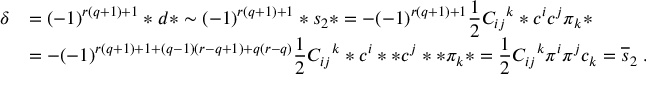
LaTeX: \begin{array} { r l } { { \delta } } & { { \displaystyle = ( - 1 ) ^ { r ( q + 1 ) + 1 } * d * \sim ( - 1 ) ^ { r ( q + 1 ) + 1 } * s _ { 2 } * = - ( - 1 ) ^ { r ( q + 1 ) + 1 } { \frac { 1 } { 2 } } { C _ { i j } } ^ { k } * c ^ { i } c ^ { j } \pi _ { k } * } } \\ { { } } & { { \displaystyle = - ( - 1 ) ^ { r ( q + 1 ) + 1 + ( q - 1 ) ( r - q + 1 ) + q ( r - q ) } { \frac { 1 } { 2 } } { C _ { i j } } ^ { k } * c ^ { i } * * c ^ { j } * * \pi _ { k } * = { \frac { 1 } { 2 } } { C _ { i j } } ^ { k } \pi ^ { i } \pi ^ { j } c _ { k } = \overline { { { s } } } _ { 2 } \; . } } \end{array}